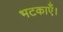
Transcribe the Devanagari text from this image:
भटकाएँ।